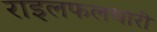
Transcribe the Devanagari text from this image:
राइलफलधारी